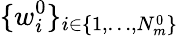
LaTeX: \{ w_{i}^{0}\} _{i\in\{ 1,\dots,N_{m}^{0}\} }